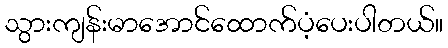
သွားကျန်းမာအောင်ထောက်ပံ့ပေးပါတယ်။